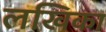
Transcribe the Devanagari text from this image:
लखिका